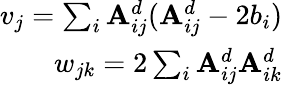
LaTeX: \begin{array}{r}{v_{j}=\sum_{i}\mathbf{A}_{ij}^{d}(\mathbf{A}_{ij}^{d}-2b_{i})}\\ {w_{jk}=2\sum_{i}\mathbf{A}_{ij}^{d}\mathbf{A}_{ik}^{d}}\end{array}